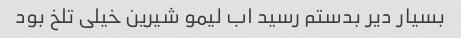
بسیار دیر بدستم رسید اب لیمو شیرین خیلی تلخ بود